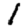
Digit: 1